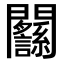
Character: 𨷸